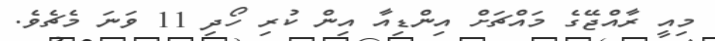
މިއީ ރާއްޖޭގެ މައްޗަށް އިންޑިއާ އިން ކުރި ހޯދި 11 ވަނަ މެޗެވެ.